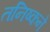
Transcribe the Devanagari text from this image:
तनिष्कने